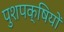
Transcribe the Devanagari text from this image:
पुशपक्षियों